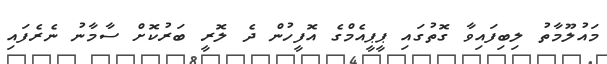
މައުލޫމާތު ލިބިފައިވާ ގޮތުގައި ޕީޕީއެމްގެ އޮފީހުން ދެ ލޮރީ ބަރުކޮށް ސާމާނު ނެރެފައި